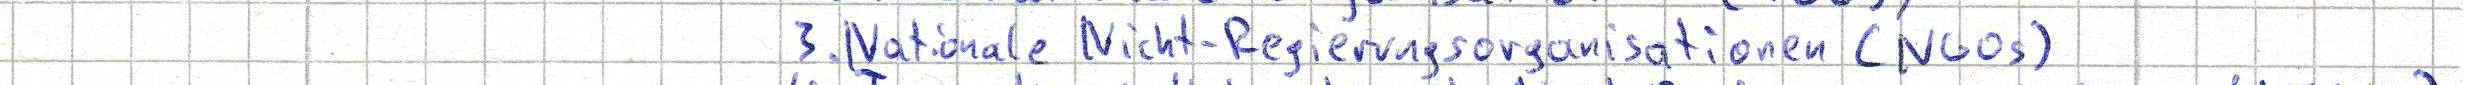
3. Nationale Nicht-Regierungsorganisationen (NGOs)